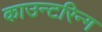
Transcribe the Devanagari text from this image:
काउन्टरिन्ग